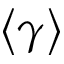
\left< \gamma \right>